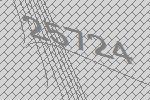
25724